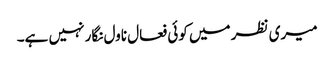
میری نظر میں کوئی فعال ناول نگار نہیں ہے۔